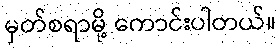
မှတ်စရာမို့ ကောင်းပါတယ်။